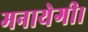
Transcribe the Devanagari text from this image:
मनायेगी।